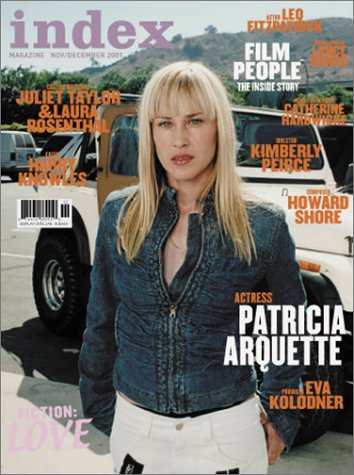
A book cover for index volume 6 #4; Humor & Entertainment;